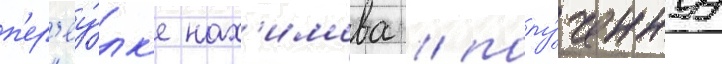
п'ер'еу́лк'е нах'имова / полу́ченнуу